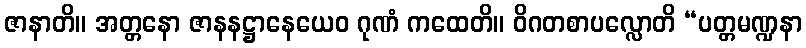
ဇာနာတိ။ အတ္တနော ဇာနနဋ္ဌာနေယေဝ ဂုဏံ ကထေတိ။ ဝိဂတစာပလ္လောတိ “ပတ္တမဏ္ဍနာ